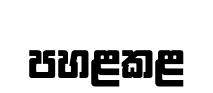
පහළකළ